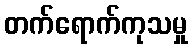
တက်ရောက်ကုသမှု